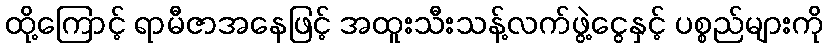
ထို့ကြောင့် ရာမီဇာအနေဖြင့် အထူးသီးသန့်လက်ဖွဲ့ငွေနှင့် ပစ္စည်များကို